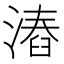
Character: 𣻛